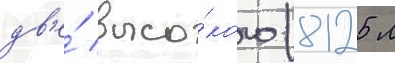
дв'е́ высо́кого (8125 л